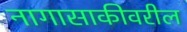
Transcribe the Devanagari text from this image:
नागासाकीवरील